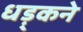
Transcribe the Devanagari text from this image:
धड़्कने